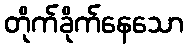
တိုက်ခိုက်နေသော